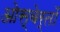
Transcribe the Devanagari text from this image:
ओस्बेर्तों